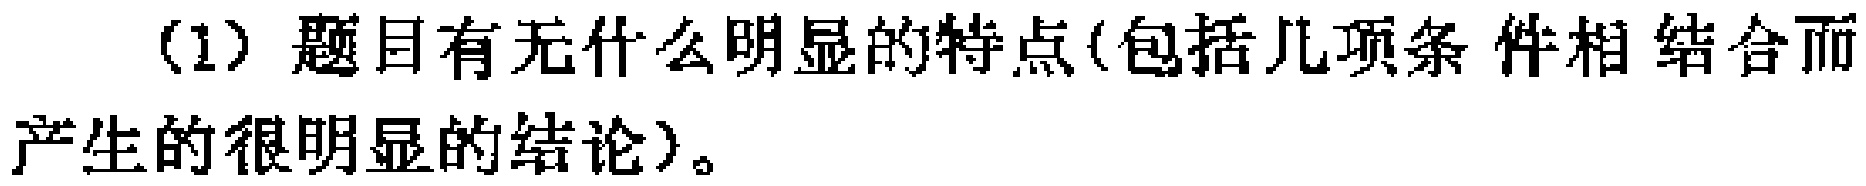
（1）题目有无什么明显的特点(包括几项条件相结合而产生的很明显的结论)。